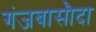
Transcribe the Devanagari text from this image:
गंजबासौदा